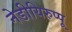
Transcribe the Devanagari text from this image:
नेडीयिरुप्पू